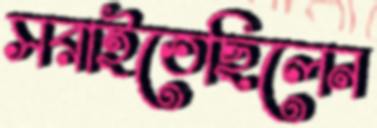
সরাইতেছিলেন